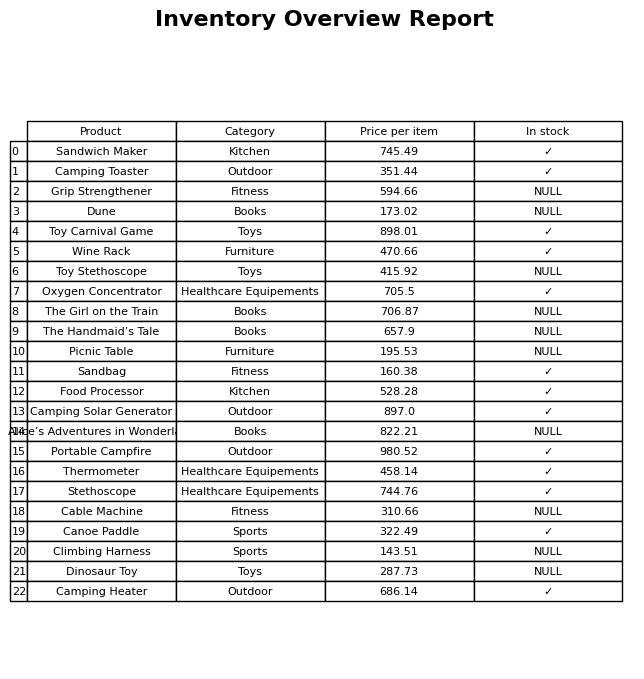
question: What is the price for The Handmaid’s Tale?
answer: The price of The Handmaid’s Tale is 657.9.